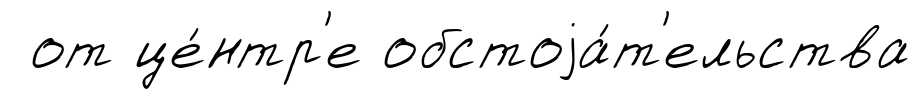
от це́нтр'е обстоjа́т'ельства